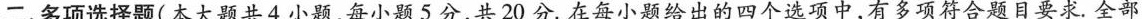
二、多项选择题(本大题共4小题，每小题5分，共20分.在每小题给出的四个选项中，有多项符合题目要求.全部